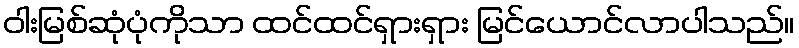
ဝါးမြစ်ဆုံပုံကိုသာ ထင်ထင်ရှားရှား မြင်ယောင်လာပါသည်။